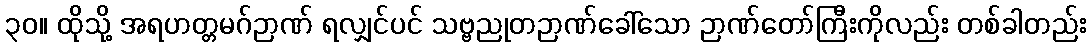
၃၀။ ထိုသို့ အရဟတ္တမဂ်ဉာဏ် ရလျှင်ပင် သဗ္ဗညုတဉာဏ်ခေါ်သော ဉာဏ်တော်ကြီးကိုလည်း တစ်ခါတည်း